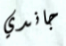
جاندي